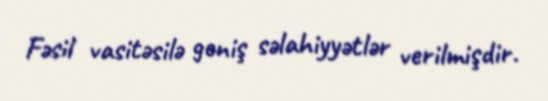
Fəsil vasitəsilə geniş səlahiyyətlər verilmişdir.